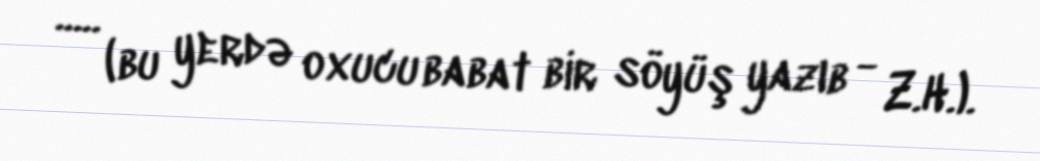
..... (bu yerdə oxucu babat bir söyüş yazıb - Z.H.).